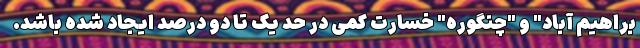
براهیم آباد" و "چنگوره" خسارت کمی در حد یک تا دو درصد ایجاد شده باشد.